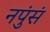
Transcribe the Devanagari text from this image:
नपुंसं